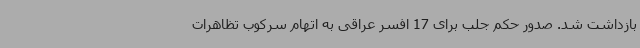
بازداشت شد. صدور حکم جلب برای 17 افسر عراقی به اتهام سرکوب تظاهرات